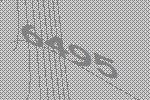
6495